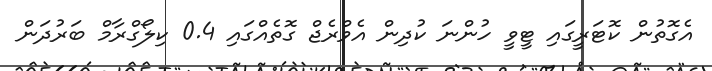
އެގޮތުން ކޮޓަރީގައި ޓީވީ ހުންނަ ކުދިން އެވްރެޖް ގޮތެއްގައި 0.4 ކިލޯގްރާމް ބަރުދަން